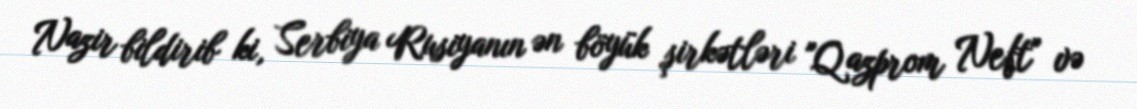
Nazir bildirib ki, Serbiya Rusiyanın ən böyük şirkətləri "Qazprom Neft" və